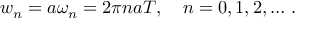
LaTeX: w _ { n } = a \omega _ { n } = 2 \pi n a T , \quad n = 0 , 1 , 2 , \ldots \, { . }